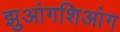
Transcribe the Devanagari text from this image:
झुआंगशिआंग